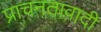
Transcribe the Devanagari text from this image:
प्राचनतावादी